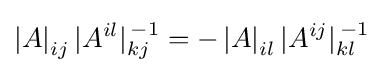
\left|A\right|_{ij}|A^{il}|_{kj}^{\,-1}=-\left|A\right|_{il}|A^{ij}|_{kl}^{\,-1}